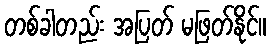
တစ်ခါတည်း အပြတ် မဖြတ်နိုင်။